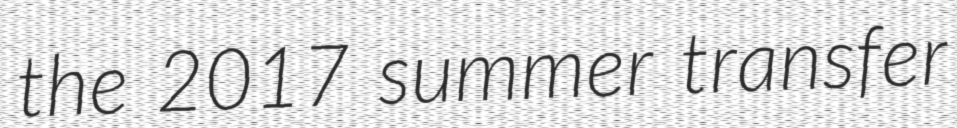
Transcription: the 2017 summer transfer